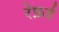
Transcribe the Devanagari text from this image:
रेफ़र्ड